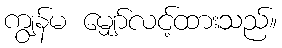
ကျွန်မ မျှော်လင့်ထားသည်။